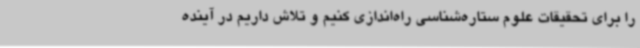
را برای تحقیقات علوم ستاره‌شناسی راه‌اندازی کنیم و تلاش داریم در آینده